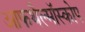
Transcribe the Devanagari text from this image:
आफथैल्मॉस्कोप